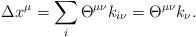
LaTeX: \begin{align*}\Delta x^{\mu} = \sum_{i} \Theta^{\mu \nu} k_{i \nu} = \Theta^{\mu\nu} k_{\nu}.\end{align*}